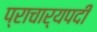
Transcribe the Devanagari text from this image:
प्राचार्यपदी